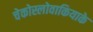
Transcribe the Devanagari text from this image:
चेकोस्लोवाकियाके